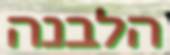
הלבנה